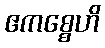
ဧကစ္စေဟိ